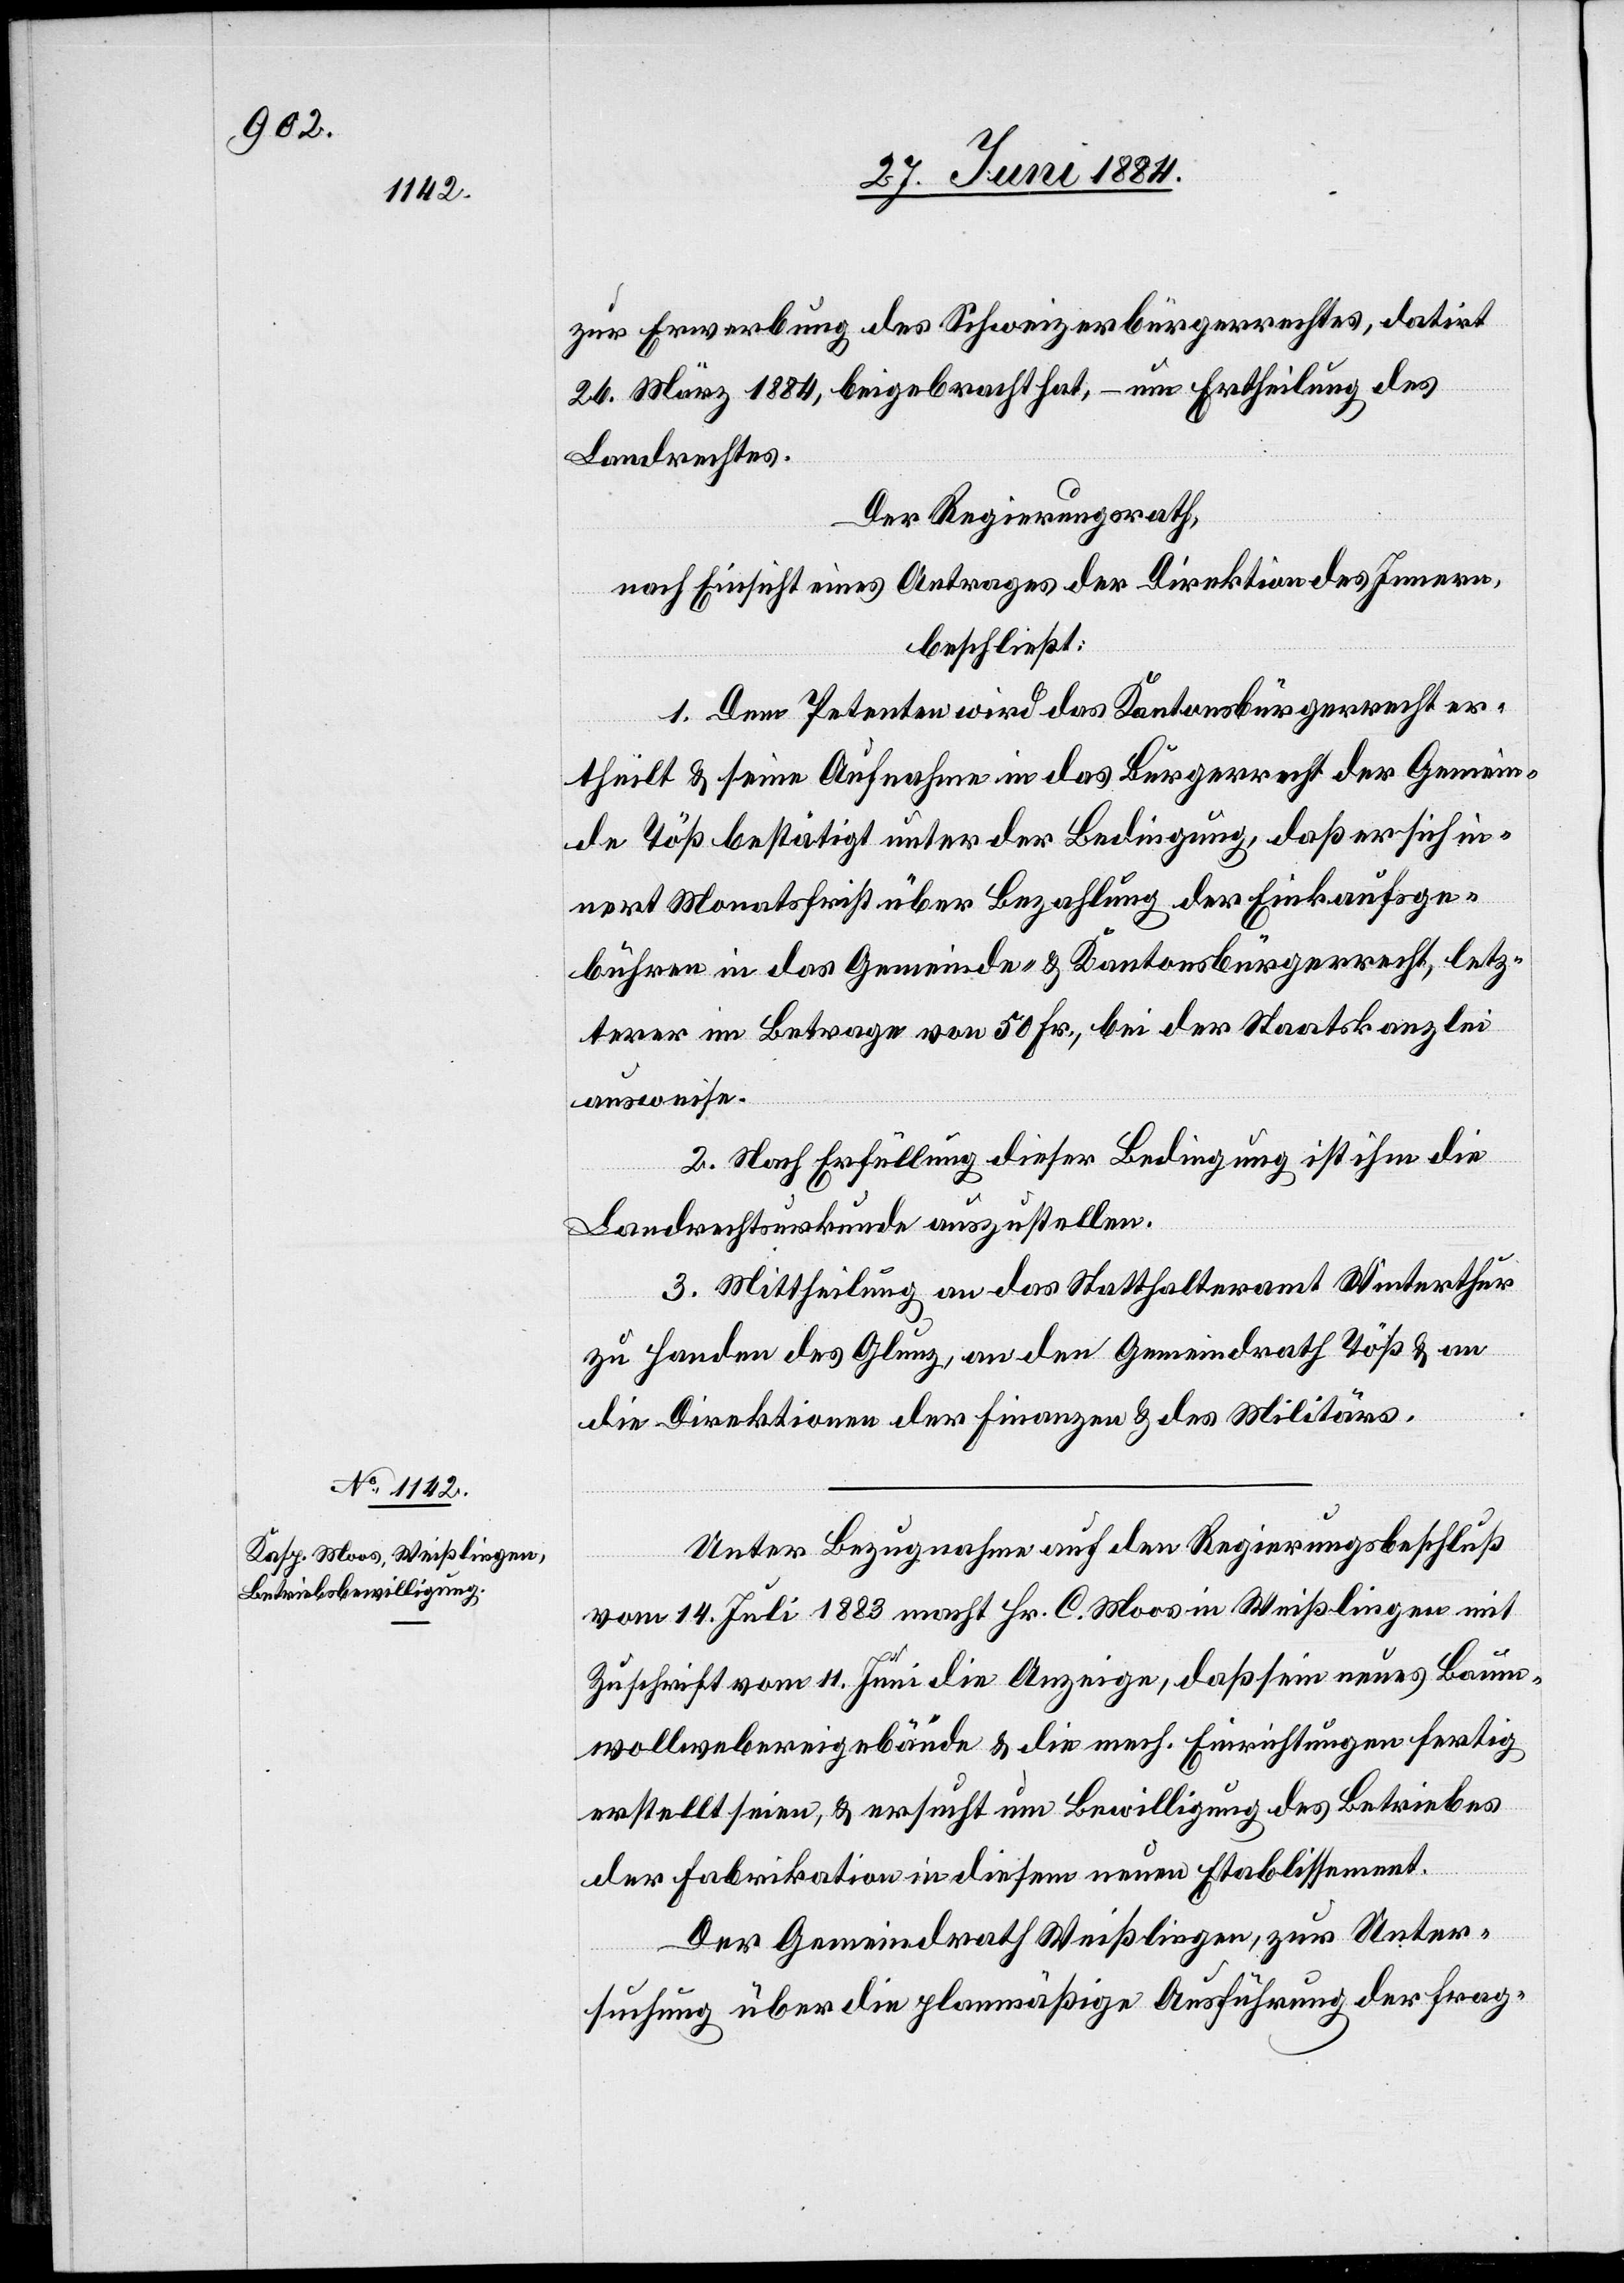
zur Erwerbung des Schweizerbürgerrechtes, datirt
26. März 1884, beigebracht hat, – um Ertheilung des
Landrechtes.
Der Regierungsrath,
nach Einsicht eines Antrages der Direktion des Innern,
beschließt:
1. Dem Petenten wird das Kantonsbürgerrecht er¬
theilt & seine Aufnahme in das Bürgerrecht der Gemein¬
de Töß bestätigt unter der Bedingung, daß er sich in¬
nert Monatsfrist über Bezahlung der Einkaufsge¬
bühren in das Gemeinde- & Kantonsbürgerrecht, letz¬
terer im Betrage von 50 Fr., bei der Staatskanzlei
ausweise.
2. Nach Erfüllung dieser Bedingung ist ihm die
Landrechtsurkunde auszustellen.
3. Mittheilung an das Statthalteramt Winterthur
zu Handen des Glunz, an den Gemeindrath Töß & an
die Direktion der Finanzen & des Militärs.
Unter Bezugnahme auf den Regierungsbeschluß
vom 14. Juli 1883 macht Hr. C. Moos [sic!] in Weißlingen mit
Zuschrift vom 11. Juni die Anzeige, daß sein neues Baum¬
wollwebereigebäude & die mech. Einrichtungen fertig
erstellt seien, & ersucht um Bewilligung des Betriebes
der Fabrikation in diesem neuen Etablissement.
Der Gemeindrath Weißlingen, zur Unter¬
suchung über die planmäßige Ausführung der frag-